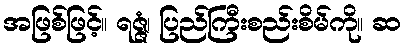
အဖြစ်ဖြင့်။ ရဇ္ဇံ၊ ပြည်ကြီးစည်းစိမ်ကို။ ဆ